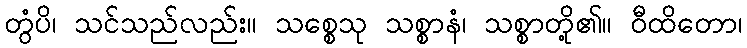
တွံပိ၊ သင်သည်လည်း။ သစ္စေသု သစ္စာနံ၊ သစ္စာတို့၏။ ဝီထိတော၊